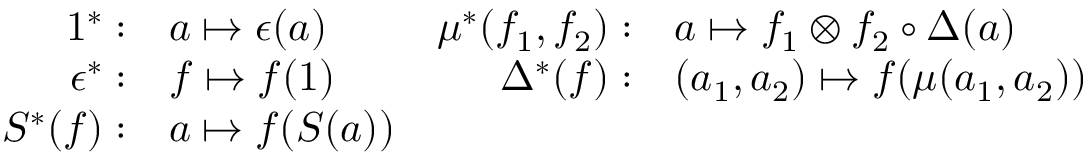
\begin{array} { r l r l } { { 1 ^ { * } : } } & { { a \mapsto \epsilon ( a ) } } & { { \mu ^ { * } ( f _ { 1 } , f _ { 2 } ) : } } & { { a \mapsto f _ { 1 } \otimes f _ { 2 } \circ \Delta ( a ) } } \\ { { \epsilon ^ { * } : } } & { { f \mapsto f ( 1 ) } } & { { \Delta ^ { * } ( f ) : } } & { { ( a _ { 1 } , a _ { 2 } ) \mapsto f ( \mu ( a _ { 1 } , a _ { 2 } ) ) } } \\ { { S ^ { * } ( f ) : } } & { { a \mapsto f ( S ( a ) ) } } & { { ~ } } & { { ~ } } \end{array}